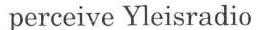
perceive Yleisradio